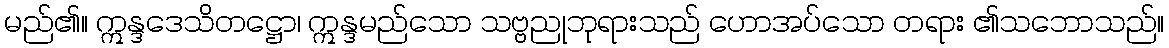
မည်၏။ ဣန္ဒဒေသိတဋ္ဌော၊ ဣန္ဒမည်သော သဗ္ဗညုဘုရားသည် ဟောအပ်သော တရား ၏သဘောသည်။